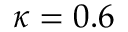
\kappa = 0 . 6